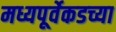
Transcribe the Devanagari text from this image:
मध्यपूर्वेकडच्या